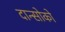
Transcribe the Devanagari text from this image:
दान्सोको